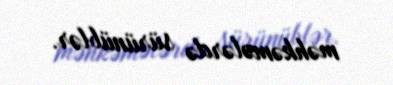
məhkəmələrdə sürünüblər.